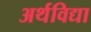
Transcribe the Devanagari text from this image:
अर्थविद्या